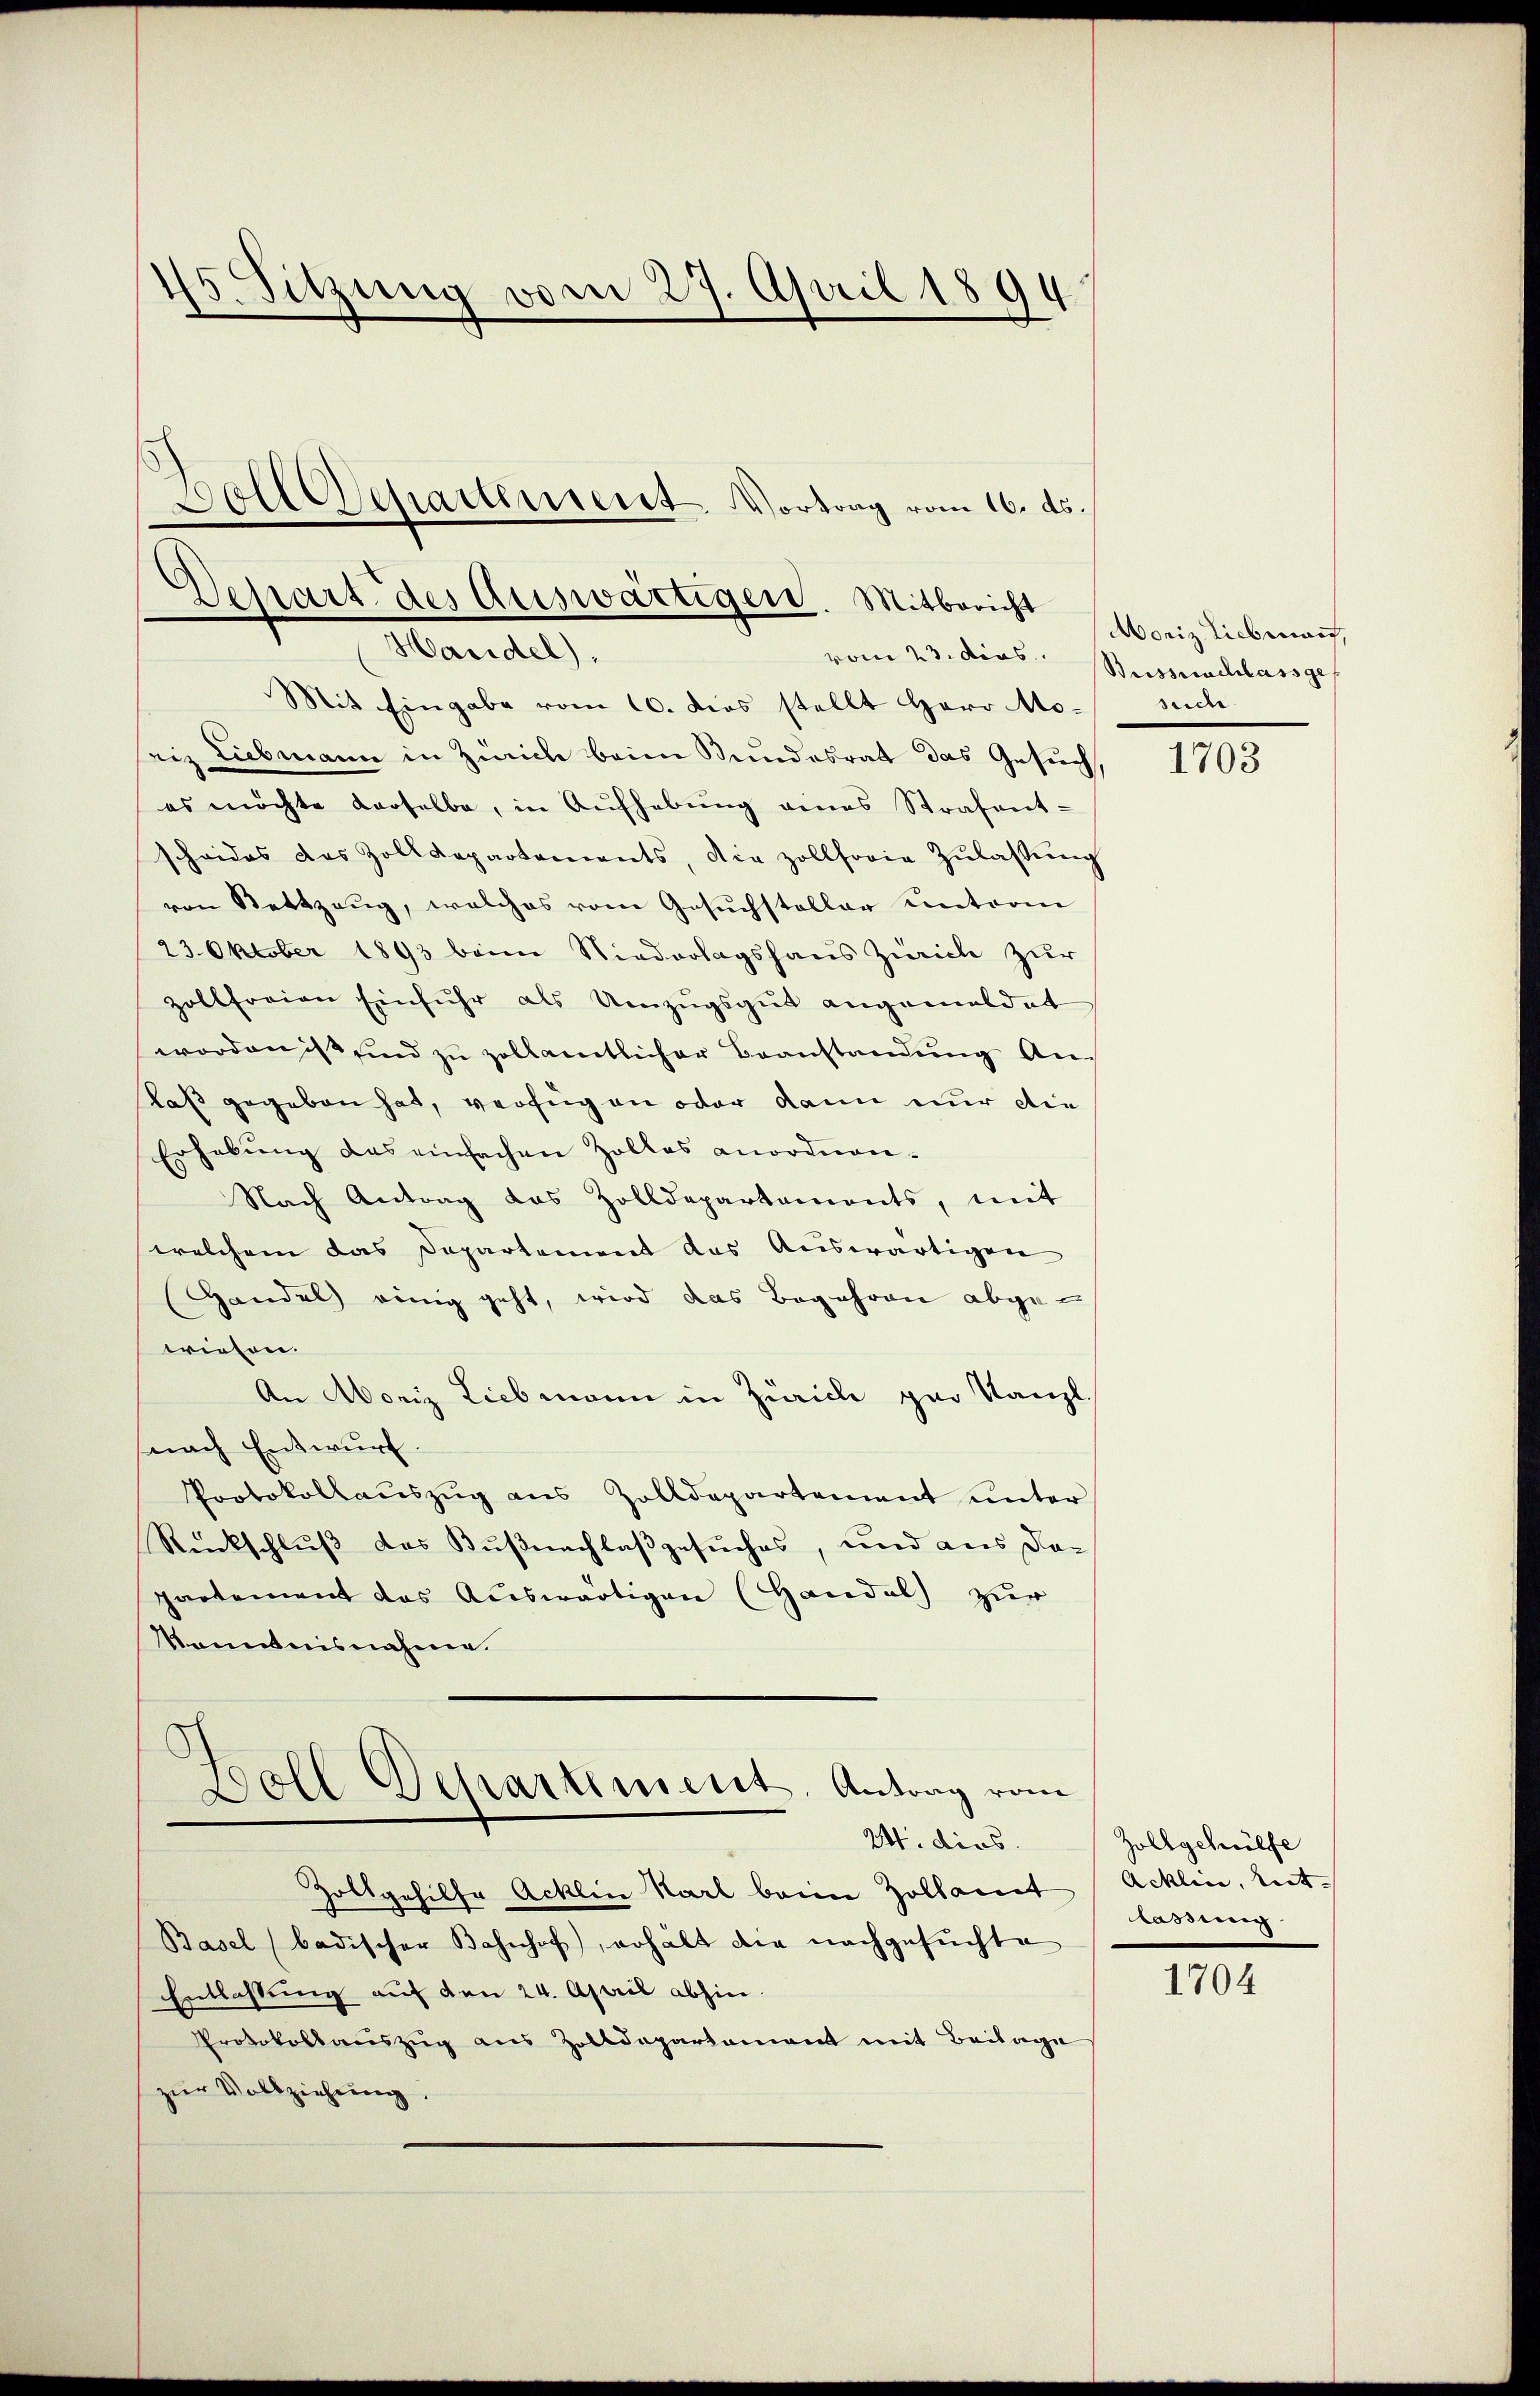
s Sitzung vom 27. April 1894

vom 23. dies
Mit Eingabe vom 10. dies stellt Herr Mo- such
riz Liebmann in Zürich beim Bundesrat das Gesuch,
es möchte derselbe, in Aŭfhebŭng eines Strafent-
scheides das Zolldepartements, die zollforie Zŭlassŭng
von Bettzeug, welches vom Gesuchsteller unterm
23. Oktober 1893 beim Niederlagshaus Zürich zur
zollfreien Einfuhr als Umzugsgut angemeldet
worden ist sind zŭ zollamtlicher Beanstandŭng An¬
Kaß gegeben hat, verfügen oder dann nur die
Erhebŭng des einfachen Zolles anordnen-
Nach Antrag das Zolldepartaments, mit
welchem das Departement das Auswärtigen
Handel einig geht, wird das Begehren abgewiesen.
An Moriz Liebmann in Zürich par Kanzl
nach Entwurf.
Protokollaŭszŭg ans Zolldepartement ŭnter
Rückschluß das Küßnachlaßgesuches, und aus dapartement das Auswärtigen (Handel zur
Kenntnisnahme.
Boll Departement. Antrag vom
24. dies
Zollgehilfe Acklin Karl beim Zollamt Acklin, Ent-
Basel badischer Bahnhof, erhält die nachgesuchte
Entlassung auf den 24. April abhin.
Protokollauszug aus Zolldepartament mit Beilage
zur Vollziehung,

Boll Departement. Vortrag vom 16. ds.
Depart des Auswärtigen. Mitbericht
Mariel

Moriz Liebmann,
Buisserschlassge

1703

Zollgehülfe
Kassig.

1704